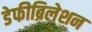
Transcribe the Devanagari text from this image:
डेफीब्रिलेशन